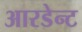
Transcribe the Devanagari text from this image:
आरडेन्ट